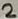
Text: 2